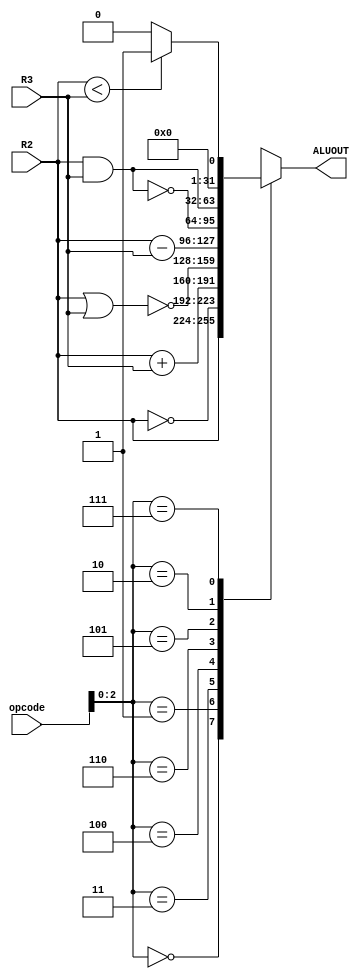
`timescale 1ns / 1ps
//////////////////////////////////////////////////////////////////////////////////
// Company: 
// Engineer: 
// 
// Design Name: 
// Module Name: ALU
// Project Name: 
// Target Devices: 
// Tool Versions: 
// Description: 
// 
// Dependencies: 
// 
// Revision:
// Revision 0.01 - File Created
// Additional Comments:
// 
//////////////////////////////////////////////////////////////////////////////////


module  ALU ( output reg [31:0] ALUOUT,
            input [31:0] R2, R3,
            input [5:0]opcode
            );

    wire [31:0]Mov, Not, Add, Nor, Sub, Nand, And, Slt;
    wire signed [31:0]R2S, R3S;
    assign R2S = R2;
    assign R3S = R3;
    
    assign Mov = R2;
    assign Not = ~R2;
    assign Add = R2+ R3;
    assign Nor = ~(R2 | R3);
    assign Sub = R2 - R3;
    assign Nand = ~(R2 & R3);
    assign And = R2&R3;
    assign Slt = (R2S < R3S) ? 1 : 0;
    
    wire [2:0] ALUOp;
    assign ALUOp = opcode[2:0]; 
    
    always @(*) begin
        case(ALUOp)
            3'b000  :   ALUOUT = Mov;
            3'b001  :   ALUOUT = Not;
            3'b011  :   ALUOUT = Add;
            3'b100  :   ALUOUT = Nor;
            3'b110  :   ALUOUT = Sub;
            3'b101  :   ALUOUT = Nand;
            3'b010  :   ALUOUT = And;
            3'b111  :   ALUOUT = Slt;
        endcase 
    end
    
endmodule